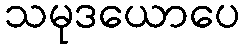
သမုဒယောပေ